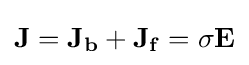
\mathbf {J=J_{b}+J_{f}} =\sigma \mathbf {E}